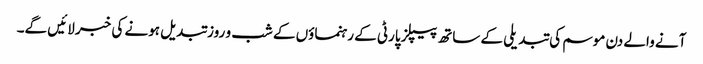
آنے والے دن موسم کی تبدیلی کے ساتھ پیپلز پارٹی کے رہنماؤں کے شب و روز تبدیل ہونے کی خبر لائیں گے۔